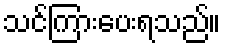
သင်ကြားပေးရသည်။